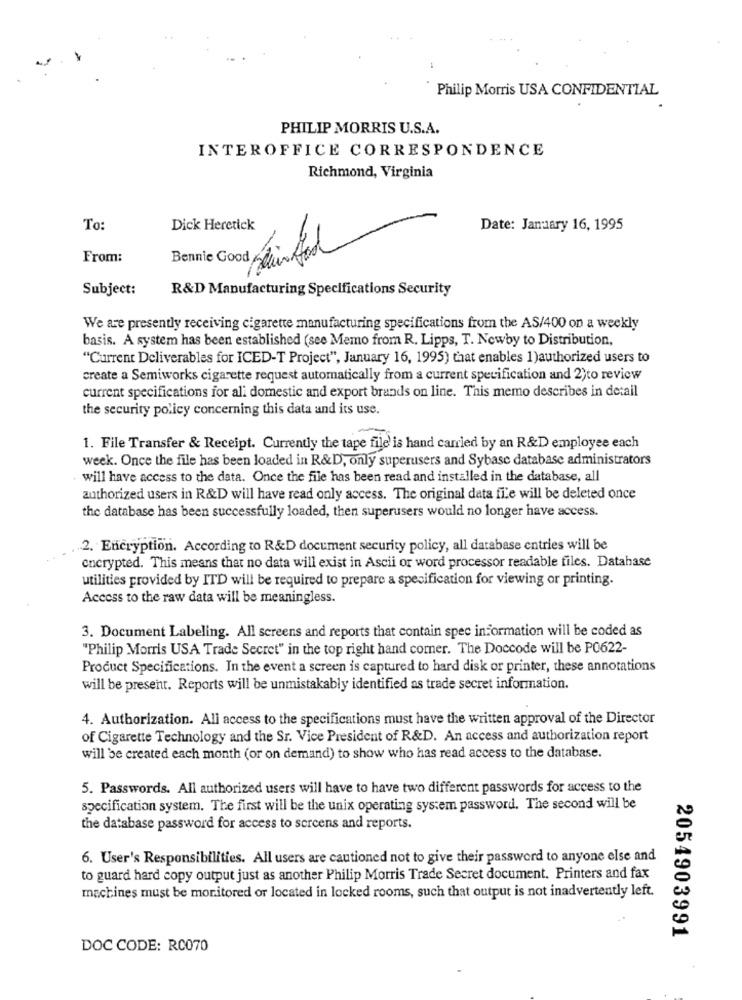
Philip Morris USA CONFIDENTIAL
PHILIP MORRIS U.S.A.
INTEROFFICE CORRESPONDENCE
Richmond, Virginia
To:
Dick Heretick
Date: January 16, 1995
-
From:
Bennie Good Allin foo
Subject:
R&D Manufacturing Specifications Security
We are presently receiving cigarette manufacturing specifications from the AS/400 on a weekly
basis. A system has been established (see Memo from R. Lipps, T. Nowby to Distribution,
"Current Deliverables for ICED-T Project", January 16, 1995) that enables 1)authorized users to
create a Semiworks cigarette request automatically from a current specification and 2)to review
current specifications for ali domestic and export brands on line. This memo describes in detail
the security policy concerning this data and its use.
1. File Transfer & Receipt. Currently the tape file' is hand carried by an R&D employee each
week. Once the file has been loaded in R&D, only superusers and Sybase database administrators
. will have access to the data. Once the file has been read and installed in the database, all
authorized users in R&D will have read only access. The original data file will be deleted once
the database has been successfully loaded, then superusers would no longer have access.
2. Encryption. According to R&D document security policy, all database entries will be
encrypted. This means that no data will exist in Ascii or word processor readable files. Datahase
utilities provided by ITD will be required to prepare a specification for viewing or printing.
Access to the raw data will be meaningless.
3. Document Labeling. All screens and reports that contain spec information will be coded as
"Philip Morris USA Trade Secret" in the top right hand corner. The Doccode will be P0622-
Product Specifications. In the event a screen is captured to hard disk or printer, these annotations
will be present. Reports will be unmistakably identified as trade secret information.
4. Authorization. All access to the specifications must have the written approval of the Director
of Cigarette Technology and the Sr. Vice President of R&D. An access and authorization report
will be created each month (or on demand) to show who has read access to the database.
5. Passwords. All authorized users will have to have two different passwords for access to the
specification system. The first will be the unix operating system password. The second will be
the database password for access to sercens and reports.
6. User's Responsibilities. All users are cautioned not to give their password to anyone else and
to guard hard copy output just as another Philip Morris Trade Secret document. Printers and fax
machines must be monitored or located in locked rooms, such that output is not inadvertently left.
2054903991
DOC CODE: RC070